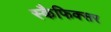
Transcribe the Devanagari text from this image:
स्कैफिक्सर